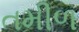
તમીળ